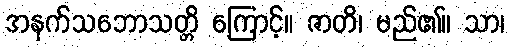
အနက်သဘောသတ္တိ ကြောင့်။ ဇာတိ၊ မည်၏။ သာ၊